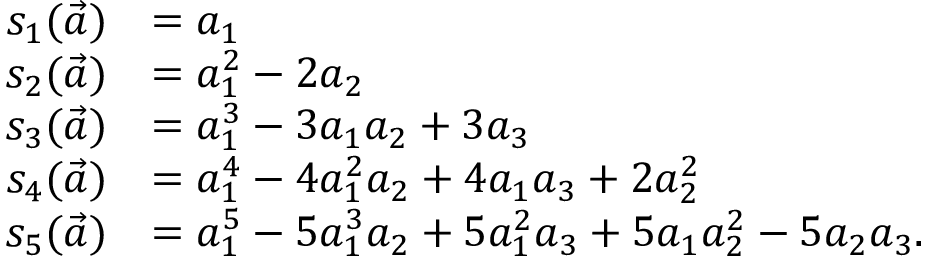
\begin{array} { r l } { s _ { 1 } ( \vec { a } ) } & { = a _ { 1 } } \\ { s _ { 2 } ( \vec { a } ) } & { = a _ { 1 } ^ { 2 } - 2 a _ { 2 } } \\ { s _ { 3 } ( \vec { a } ) } & { = a _ { 1 } ^ { 3 } - 3 a _ { 1 } a _ { 2 } + 3 a _ { 3 } } \\ { s _ { 4 } ( \vec { a } ) } & { = a _ { 1 } ^ { 4 } - 4 a _ { 1 } ^ { 2 } a _ { 2 } + 4 a _ { 1 } a _ { 3 } + 2 a _ { 2 } ^ { 2 } } \\ { s _ { 5 } ( \vec { a } ) } & { = a _ { 1 } ^ { 5 } - 5 a _ { 1 } ^ { 3 } a _ { 2 } + 5 a _ { 1 } ^ { 2 } a _ { 3 } + 5 a _ { 1 } a _ { 2 } ^ { 2 } - 5 a _ { 2 } a _ { 3 } . } \end{array}